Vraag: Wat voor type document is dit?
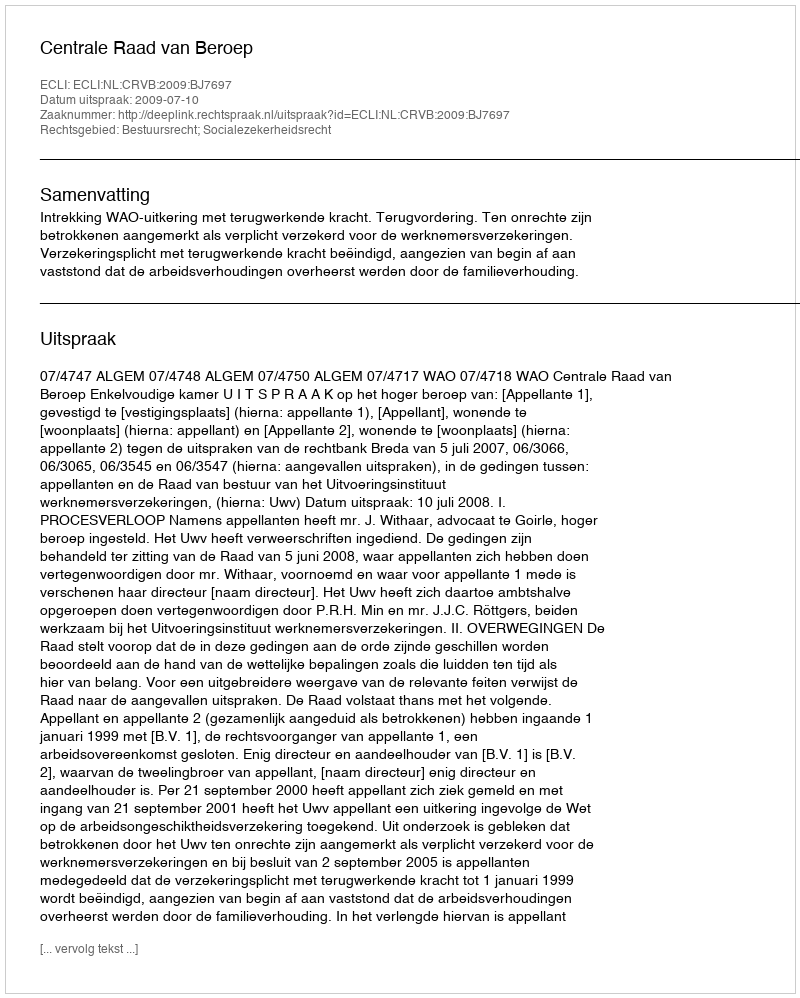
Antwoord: Uitspraak